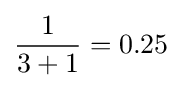
{\frac {1}{3+1}}=0.25